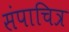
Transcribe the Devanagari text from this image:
संपाचित्र